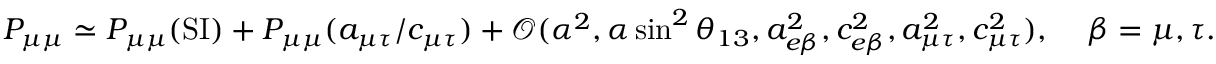
\begin{array} { r } { P _ { \mu \mu } \simeq P _ { \mu \mu } ( \mathrm { S I } ) + P _ { \mu \mu } ( \ensuremath { a _ { \mu \tau } } / \ensuremath { c _ { \mu \tau } } ) + \mathcal { O } ( \alpha ^ { 2 } , \alpha \sin ^ { 2 } \theta _ { 1 3 } , a _ { e \beta } ^ { 2 } , c _ { e \beta } ^ { 2 } , a _ { \mu \tau } ^ { 2 } , c _ { \mu \tau } ^ { 2 } ) , \, \, \, \, \, \, \, \beta = \mu , \tau . } \end{array}